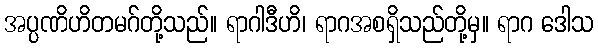
အပ္ပဏိဟိတမဂ်တို့သည်။ ရာဂါဒီဟိ၊ ရာဂအစရှိသည်တို့မှ။ ရာဂ ဒေါသ